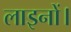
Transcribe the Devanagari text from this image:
लाइनों।